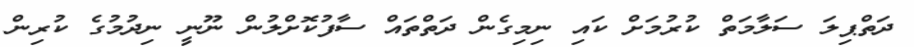
ދަތްޕިލަ ސަލާމަތް ކުރުމަށް ކައި ނިމިގެން ދަތްތައް ސާފުކޮށްލުން ނޫނީ ނިދުމުގެ ކުރިން